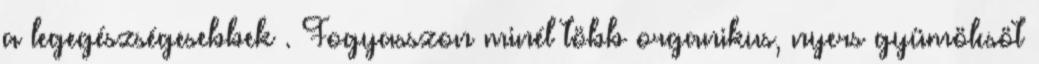
a legegészségesebbek . Fogyasszon minél több organikus, nyers gyümölcsöt